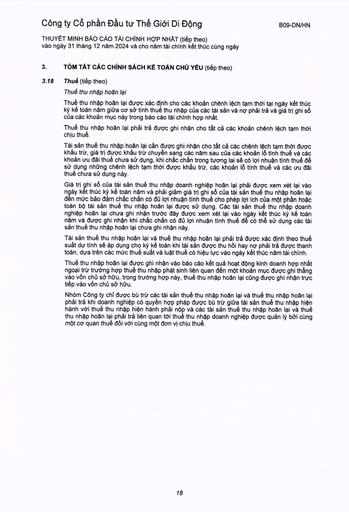
|3.|TÓM TẮT CÁC CHÍNH SÁCH KẾ TOÁN CHỦ YẾU (tiếp theo)| |---|---| |3.18|Thuế (tiếp theo)| ||Thuế thu nhập hoãn lại| ||Thuế thu nhập hoãn lại được xác định cho các khoản chênh lệch tạm thời tại ngày kết thúc kỳ kế toán năm giữa cơ sở tính thuế thu nhập của các tài sản và nợ phải trả và giá trị ghi sổ của các khoản mục này trong báo cáo tài chính hợp nhất.| ||Thuế thu nhập hoãn lại phải trả được ghi nhận cho tất cả các khoản chênh lệch tạm thời chịu thuế.| ||Tài sản thuế thu nhập hoãn lại cần được ghi nhận cho tất cả các chênh lệch tạm thời được khấu trừ, giá trị được khấu trừ chuyển sang các năm sau của các khoản lỗ tính thuế và các khoản ưu đãi thuế chưa sử dụng, khi chắc chắn trong tương lai sẽ có lợi nhuận tính thuế để sử dụng những chênh lệch tạm thời được khấu trừ, các khoản lỗ tính thuế và các ưu đãi thuế chưa sử dụng này.| ||Giá trị ghi sổ của tài sản thuế thu nhập doanh nghiệp hoãn lại phải được xem xét lại vào ngày kết thúc kỳ kế toán năm và phải giảm giá trị ghi sổ của tài sản thuế thu nhập hoãn lại đến mức bảo đảm chắc chắn có đủ lợi nhuận tính thuế cho phép lợi ích của một phần hoặc toàn bộ tài sản thuế thu nhập hoãn lại được sử dụng. Các tài sản thuế thu nhập doanh nghiệp hoãn lại chưa ghi nhận trước đây được xem xét lại vào ngày kết thúc kỳ kế toán năm và được ghi nhận khi chắc chắn có đủ lợi nhuận tính thuế để có thể sử dụng các tài sản thuế thu nhập hoãn lại chưa ghi nhận này.| ||Tài sản thuế thu nhập hoãn lại và thuế thu nhập hoãn lại phải trả được xác định theo thuế suất dự tính sẽ áp dụng cho kỳ kế toán khi tài sản được thu hồi hay nợ phải trả được thanh toán, dựa trên các mức thuế suất và luật thuế có hiệu lực vào ngày kết thúc năm tài chính.| ||Thuế thu nhập hoãn lại được ghi nhận vào báo cáo kết quả hoạt động kinh doanh hợp nhất ngoại trừ trường hợp thuế thu nhập phát sinh liên quan đến một khoản mục được ghi thẳng vào vốn chủ sở hữu, trong trường hợp này, thuế thu nhập hoãn lại cũng được ghi nhận trực tiếp vào vốn chủ sở hữu.| ||Nhóm Công ty chỉ được bù trừ các tài sản thuế thu nhập hoãn lại và thuế thu nhập hoãn lại phải trả khi doanh nghiệp có quyền hợp pháp được bù trừ giữa tài sản thuế thu nhập hiện hành với thuế thu nhập hiện hành phải nộp và các tài sản thuế thu nhập hoãn lại và thuế thu nhập hoãn lại phải trả liên quan tới thuế thu nhập doanh nghiệp được quản lý bởi cùng một cơ quan thuế đối với cùng một đơn vị chịu thuế.|